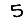
Digit: 5